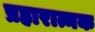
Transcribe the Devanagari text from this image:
प्रहारात्मक